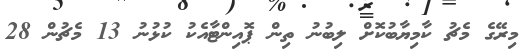
މިރޭގެ މެޗު ކާމިޔާބުކޮށް ލިބުނު ތިން ޕޮއިންޓާއެކު ކުޅުނު 13 މެޗުން 28